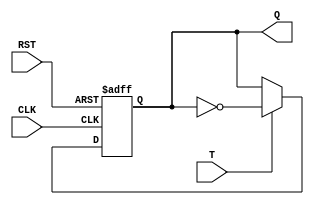
module T_flipflop (
    input T,
    input CLK,
    input RST,
    output reg Q // output
);

always @(posedge CLK or posedge RST) begin
    if (RST) begin
        Q <= 1'b0; // initialize to 0
    end else begin
        if (T) begin
            Q <= ~Q; // toggle Q if T is high
        end
    end
end

endmodule